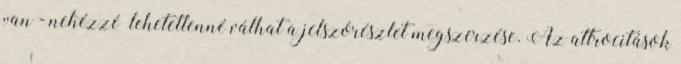
van - nehézzé lehetetlenné válhat a jelszórészlet megszerzése. Az attrocitások